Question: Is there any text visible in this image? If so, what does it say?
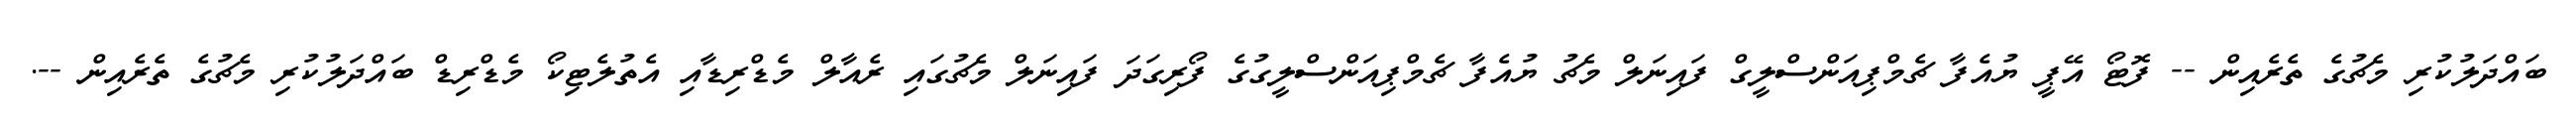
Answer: ބައްދަލުކުރި މެޗުގެ ތެރެއިން -- ފޮޓޯ އޭޕީ ޔުއެފާ ޗެމްޕިއަންސްލީގް ފައިނަލް މެޗު ޔުއެފާ ޗެމްޕިއަންސްލީގުގެ ފޯރިގަދަ ފައިނަލް މެޗުގައި ރެއާލް މެޑްރިޑާއި އެތުލެޓިކޯ މެޑްރިޑް ބައްދަލުކުރި މެޗުގެ ތެރެއިން --.